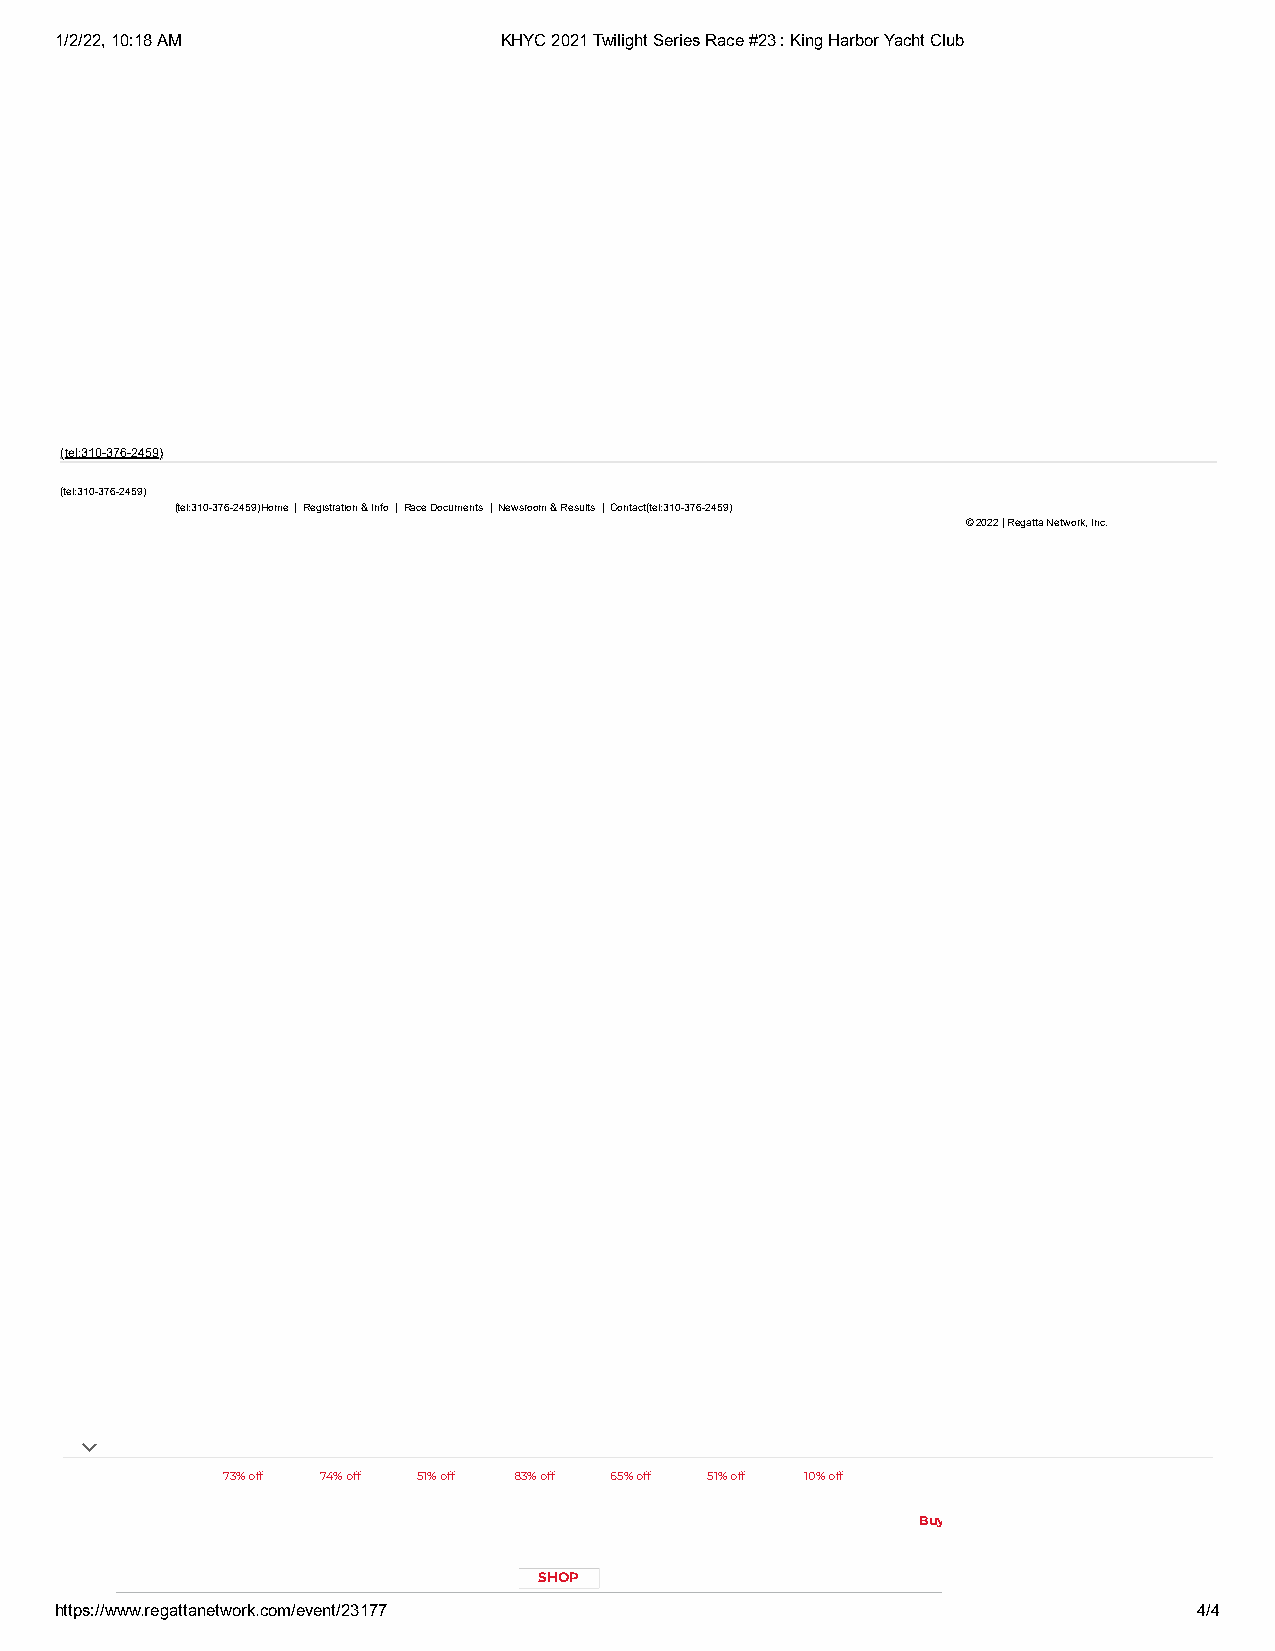
1/2/22, 10:18 AM             KHYC 2021 Twilight Series Race #23 : King Harbor Yacht Club
 (tel:310-376-2459)
 (tel:310-376-2459)
 (tel:310-376-2459)Home | Registration & Info | Race Documents | Newsroom & Results | Contact(tel:310-376-2459)
 © 2022 | Regatta Network, Inc.
 73% off 74% off 51% off 83% off 65% off 51% off 10% off
 Buy Online and Pick Up Instore at
 Your Local JCPenney
 SHOP
 https://www.regattanetwork.com/event/23177                                 4/4